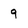
Character: 9